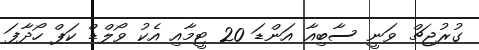
ގުރުޖިޗް ވަނީ ސާބިއާ އަންޑަ 20 ޓީމާއި އެކު ވޯލްޑް ކަޕް ހޯދާފަ